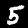
Digit: 5